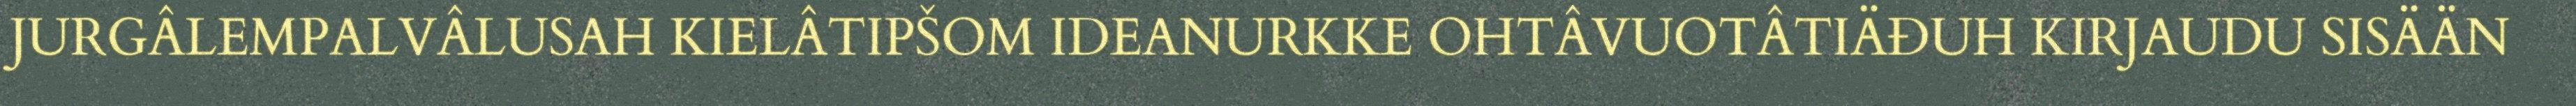
JURGÂLEMPALVÂLUSAH KIELÂTIPŠOM IDEANURKKE OHTÂVUOTÂTIÄĐUH KIRJAUDU SISÄÄN